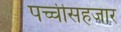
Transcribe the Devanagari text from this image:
पच्चीसहजार